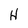
Character: H